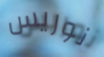
نوريس